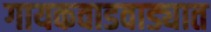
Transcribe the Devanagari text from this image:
गायकवाडवाड्यात